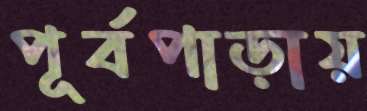
পূর্বপাড়ায়